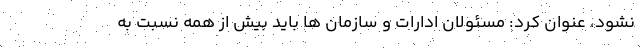
نشود، عنوان کرد: مسئولان ادارات و سازمان ها باید بیش از همه نسبت به